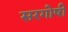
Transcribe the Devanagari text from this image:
सरगोषी